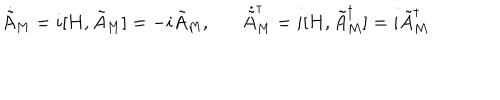
LaTeX: \dot { \tilde { A } } _ { M } = i [ H , \tilde { A } _ { M } ] = - i \tilde { A } _ { M } , \dot { \tilde { A } } _ { M } ^ { \dagger } = i [ H , \tilde { A } _ { M } ^ { \dagger } ] = i \tilde { A } _ { M } ^ { \dagger }